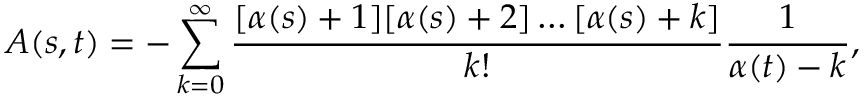
A ( s , t ) = - \sum _ { k = 0 } ^ { \infty } \frac { [ \alpha ( s ) + 1 ] [ \alpha ( s ) + 2 ] \ldots [ \alpha ( s ) + k ] } { k ! } \frac { 1 } { \alpha ( t ) - k } ,